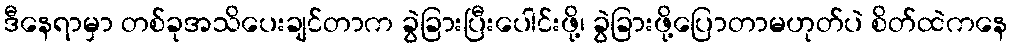
ဒီနေရာမှာ တစ်ခုအသိပေးချင်တာက ခွဲခြားပြီးပေါင်းဖို့၊ ခွဲခြားဖို့ပြောတာမဟုတ်ပဲ စိတ်ထဲကနေ